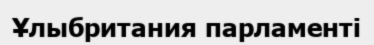
Ұлыбритания парламенті